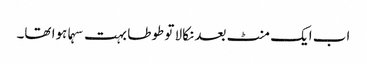
اب ایک منٹ بعد نکالا تو طوطا بہت سہما ہوا تھا۔